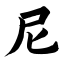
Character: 尼